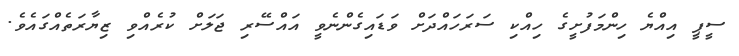
ސީޕީ އިއްޔެ ހިންމަފުށީގެ ހިއްކި ސަރަހައްދަށް ވަޑައިގެންނެވީ އައްސޭރި ޖަލަށް ކުރެއްވި ޒިޔާރަތެއްގައެވެ.